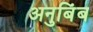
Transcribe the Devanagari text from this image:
अनुबिंब